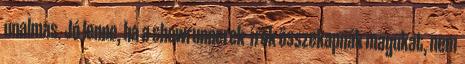
unalmas. Jó lenne, ha a showrunnerek írók összekapnák magukat, nem